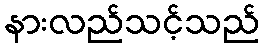
နားလည်သင့်သည်